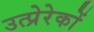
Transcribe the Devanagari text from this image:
उत्प्रेरेकों